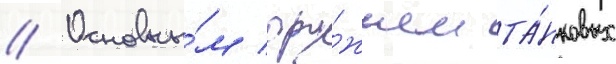
// Основны́м ору́жием та́нковых